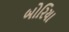
બોરિયા